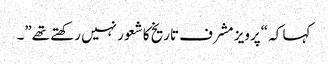
کہا کہ “پرویز مشرف تاریخ کا شعور نہیں رکھتے تھے”۔